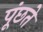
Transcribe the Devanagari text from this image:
पूंछते